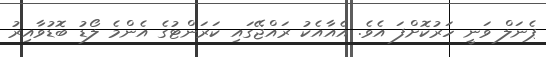
ޕެނަލް ވަނީ ހަރުކޮށްފަ އެވެ. އެއާއެކު ރައްޖޭގައި ކަރަންޓުގެ އެންމެ ލޯޑު ބޮޑުވާއިރު